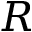
R